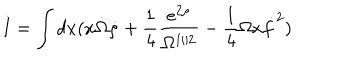
I = \int d x ( x \dot { \Omega } \dot { \rho } + \frac { 1 } { 4 } \frac { e ^ { 2 \rho } } { \Omega ^ { 1 / 2 } } - \frac { 1 } { 4 } \Omega x \dot { f } ^ { 2 } )